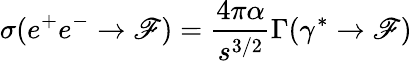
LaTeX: \sigma(e^{+}e^{-}\rightarrow\mathscr{F})={\frac{{4\pi\alpha}}{{s^{3/2}}}}\Gamma(\gamma^{*}\rightarrow\mathscr{F})